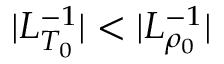
| L _ { T _ { 0 } } ^ { - 1 } | < | L _ { \rho _ { 0 } } ^ { - 1 } |